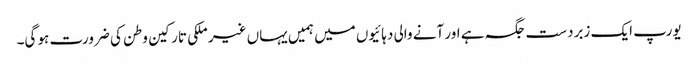
یورپ ایک زبردست جگہ ہے اور آنے والی دہائیوں میں ہمیں یہاں غیر ملکی تارکین وطن کی ضرورت ہو گی۔